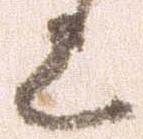
上